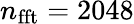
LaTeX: n_{\mathrm{{fft}}}=2048